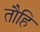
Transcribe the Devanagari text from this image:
तौहि